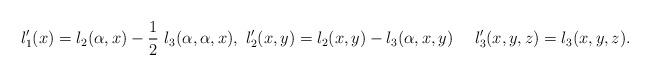
LaTeX: \begin{align*}l_1' (x) = l_2 (\alpha, x) - \frac{1}{2}~ l_3 (\alpha, \alpha, x) ,~l_2' (x,y) = l_2 (x, y) - l_3 (\alpha, x, y) ~~ ~~l_3' (x, y, z) = l_3 (x, y, z).\end{align*}